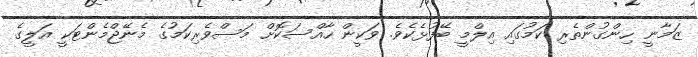
ޒަމާނީ ހިންގުންތެރި ކަމުގައި އިލްމީ ބޭފުޅެކެވެ. ވަކީން ހާއްސަކޮށް މަސްވެރިކަމުގެ މެނޭޖްމެންޓަކީ އަލީގެ